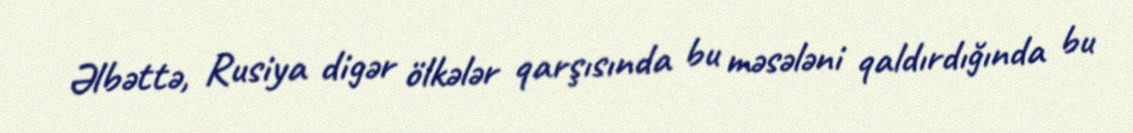
Əlbəttə, Rusiya digər ölkələr qarşısında bu məsələni qaldırdığında bu